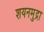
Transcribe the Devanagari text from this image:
शयनमुद्रा